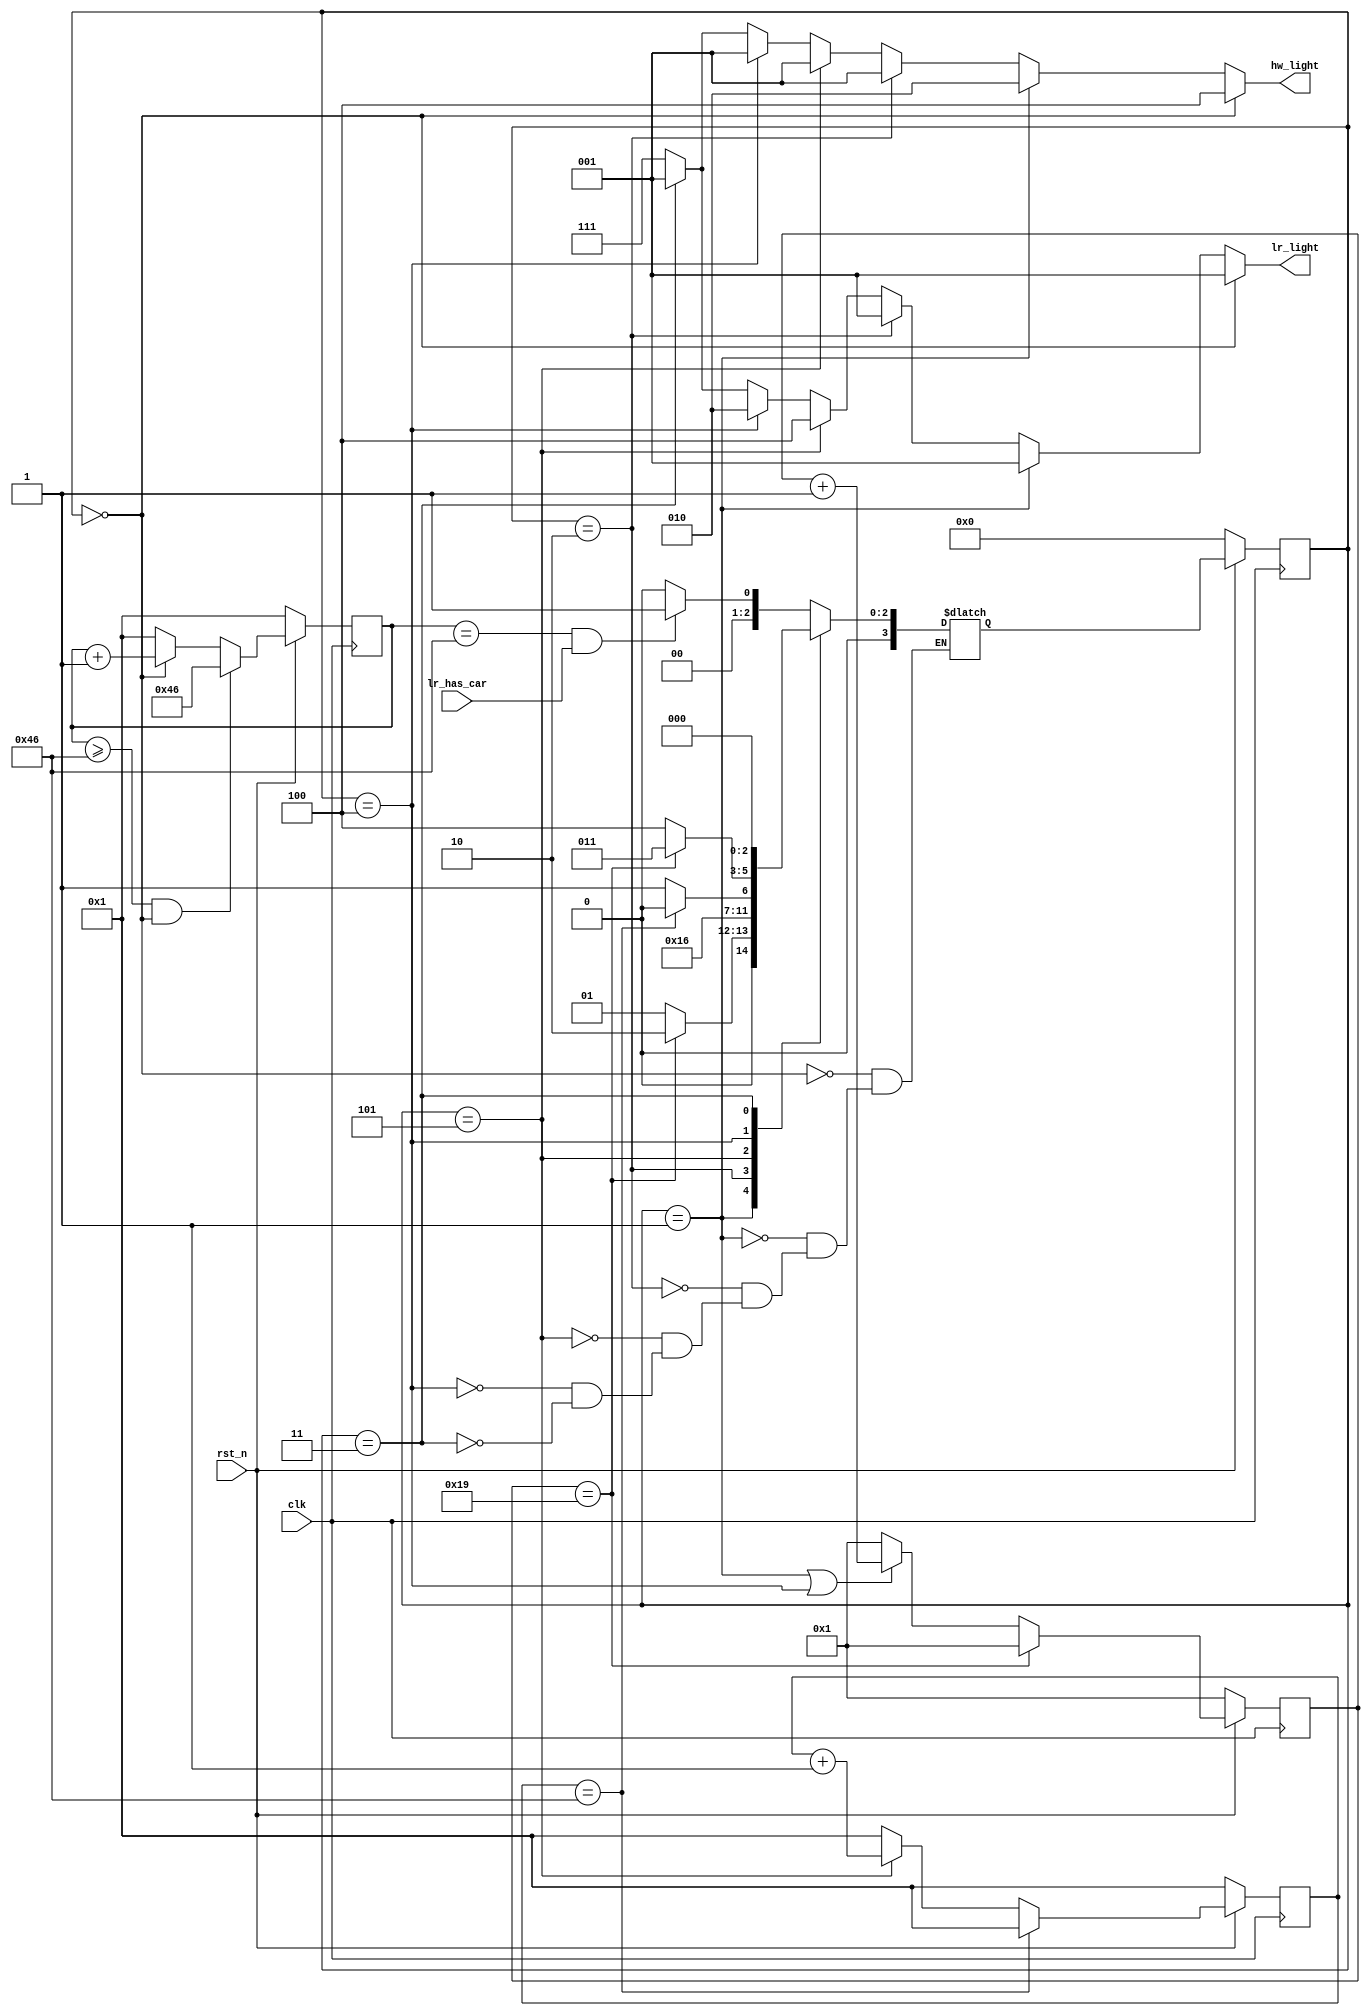
`timescale 1ns/1ps
module Traffic_Light_Controller (clk, rst_n, lr_has_car, hw_light, lr_light);
    input clk, rst_n;
    input lr_has_car;
    output reg [2:0] hw_light;
    output reg [2:0] lr_light;

    parameter hg_lr = 3'b000;
    parameter hy_lr = 3'b001;
    parameter hr_lr_1 = 3'b010;
    parameter hr_lr_2 = 3'b011;
    parameter hr_ly = 3'b100;
    parameter hr_lg = 3'b101;

    // output [3:0] state;
    // output [7:0] hg_counter, lg_counter;
    // output [4:0] y_counter;
    reg [3:0] state, next_state;
    reg [7:0] hg_counter, next_hg_counter, lg_counter, next_lg_counter;
    reg [4:0] y_counter, next_y_counter;

    always @(posedge clk) begin
        if (!rst_n)begin
            state <= hg_lr;
            lg_counter <= 1;
            hg_counter <= 1;
            y_counter <= 1;
        end
        else begin
            state <= next_state;
            lg_counter <= next_lg_counter;
            hg_counter <= next_hg_counter;
            y_counter <= next_y_counter;
        end
    end

    always @(*) begin
        if (lg_counter == 8'd70) next_lg_counter = 8'd1;
        else begin
            if (state == hr_lg) next_lg_counter = lg_counter + 1;
            else next_lg_counter = 8'd1;    
        end
    end

    always @(*) begin
        if (y_counter == 5'd25) next_y_counter = 5'd1;
        else begin
            if (state == hy_lr|| state == hr_ly) next_y_counter = y_counter + 1;
            else next_y_counter = 5'd1;    
        end
    end

    always @(*) begin
        if (hg_counter >= 8'd70 && state == hg_lr) next_hg_counter = 8'd70;
        else begin
            if (state == hg_lr) next_hg_counter = hg_counter + 1;
            else next_hg_counter = 8'd1;    
        end
    end

    always @(*) begin
        case (state)
            hg_lr:begin
                next_state = (hg_counter == 8'd70 && lr_has_car)? hy_lr : hg_lr;
            end 
            hy_lr:begin
                next_state = (y_counter == 5'd25)? hr_lr_1 : hy_lr;
            end
            hr_lr_1:begin
                next_state = hr_lg;
            end 
            hr_lg:begin
                next_state = (lg_counter == 8'd70)? hr_ly : hr_lg;
            end 
            hr_ly:begin
                next_state = (y_counter == 5'd25)? hr_lr_2 : hr_ly;
            end
            hr_lr_2:begin
                next_state = hg_lr;
            end 
        endcase
    end 

    always @(*) begin
        if (state == hg_lr) begin
            hw_light = 3'b100;
            lr_light = 3'b001;
        end
        else if (state == hy_lr) begin
            hw_light = 3'b010;
            lr_light = 3'b001;
        end
        else if (state == hr_lr_1) begin
            hw_light = 3'b001;
            lr_light = 3'b001;
        end
        else if (state == hr_lg) begin
            hw_light = 3'b001;
            lr_light = 3'b100;
        end
        else if (state == hr_ly) begin
            hw_light = 3'b001;
            lr_light = 3'b010;
        end
        else if (state == hr_lr_2) begin
            hw_light = 3'b001;
            lr_light = 3'b001;
        end
        else begin
            hw_light = 3'b111;
            lr_light = 3'b111;
        end
    end

endmodule